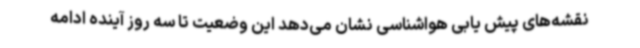
نقشه‌های پیش یابی هواشناسی نشان می‌دهد این وضعیت تا سه روز آینده ادامه